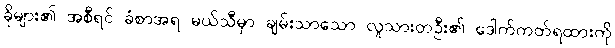
ခိုများ၏ အစီရင် ခံစာအရ မယ်သီမှာ ချမ်းသာသော လူသားတဦး၏ ဒေါက်ကတ်ရထားကို